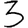
Digit: 3